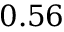
0 . 5 6